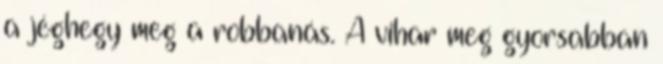
a jéghegy meg a robbanás. A vihar meg gyorsabban